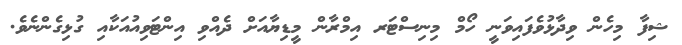
ޝިފާ މިހެން ވިދާޅުވެފައިވަނީ ހޯމް މިނިސްޓަރ އިމްރާން މީޑިޔާއަށް ދެއްވި އިންޓަވިއުއަކާއި ގުޅިގެންނެވެ.